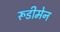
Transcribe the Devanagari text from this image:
रूडीमेन